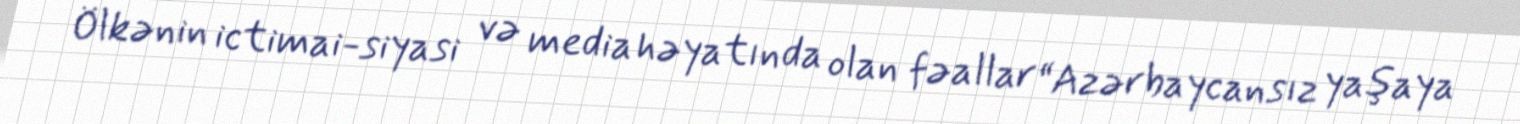
Ölkənin ictimai-siyasi və media həyatında olan fəallar “Azərbaycansız yaşaya